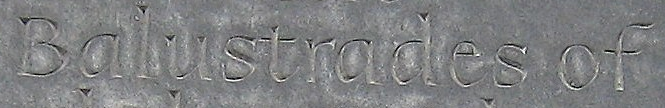
Balustrades of